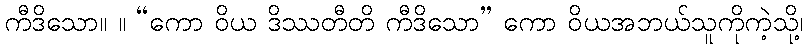
ကီဒိသော။ ။ “ကော ဝိယ ဒိဿတီတိ ကီဒိသော” ကော ဝိယအဘယ်သူကိုကဲ့သို့၊